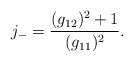
\begin{align*}j_- = \frac{(g_{12})^2 + 1}{(g_{11})^2}. \end{align*}